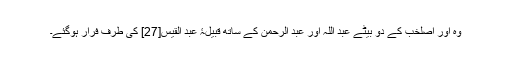
وہ اور اصلخب کے دو بیٹے عبد اللہ اور عبد الرحمن کے ساتھ قبیلۂ عبد القیس[27] کی طرف فرار ہوگئے۔